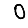
Digit: 0